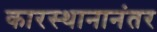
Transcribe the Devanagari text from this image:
कारस्थानानंतर